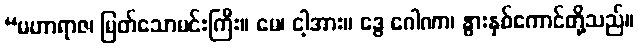
“မဟာရာဇ၊ မြတ်သောမင်းကြီး။ မေ၊ ငါ့အား။ ဒွေ ဂေါဏာ၊ နွားနှစ်ကောင်တို့သည်။